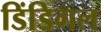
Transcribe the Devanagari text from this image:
डिंडिगल